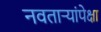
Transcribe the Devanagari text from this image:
नवताऱ्यांपेक्षा